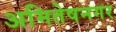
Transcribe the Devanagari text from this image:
अमितेषनगर